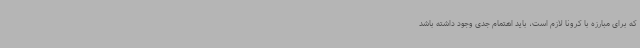
که برای مبارزه با کرونا لازم است، باید اهتمام جدی وجود داشته باشد